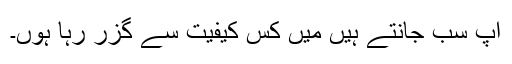
آپ سب جانتے ہیں میں کس کیفیت سے گزر رہا ہوں۔